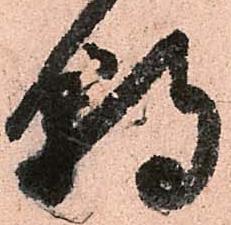
朝